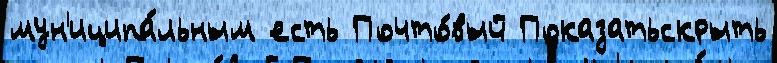
мун'иципа́льным есть Почто́вый Показатьскрыть